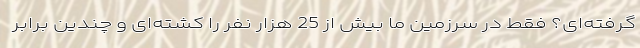
گرفته‌ای؟ فقط در سرزمین ما بیش از 25 هزار نفر را کشته‌ای و چندین برابر